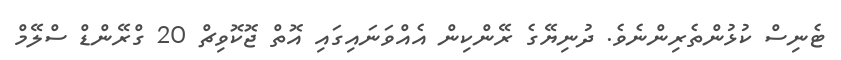
ޓެނިސް ކުޅުންތެރިންނެވެ. ދުނިޔޭގެ ރޭންކިން އެއްވަނައިގައި އޮތް ޖޮކޮވިޗް 20 ގްރޭންޑް ސްލޭމް